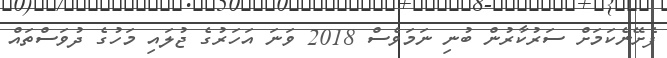
ފެށޭނެކަމަށް ސަރުކާރުން ބުނި ނަމަވެސް 2018 ވަނަ އަހަރުގެ ޖުލައި މަހުގެ ދުވަސްތައް